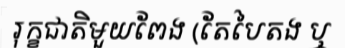
រុក្ខជាតិមួយពែង (តែបៃតង ឬ